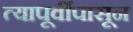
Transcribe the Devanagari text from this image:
त्यापूर्वीपासून